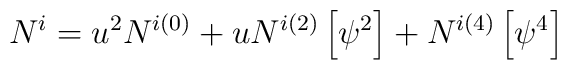
N^i = u^2 N^{i(0)} + u N^{i(2)} \left[ \psi^2 \right]   +  N^{i(4)} \left[ \psi^4 \right]